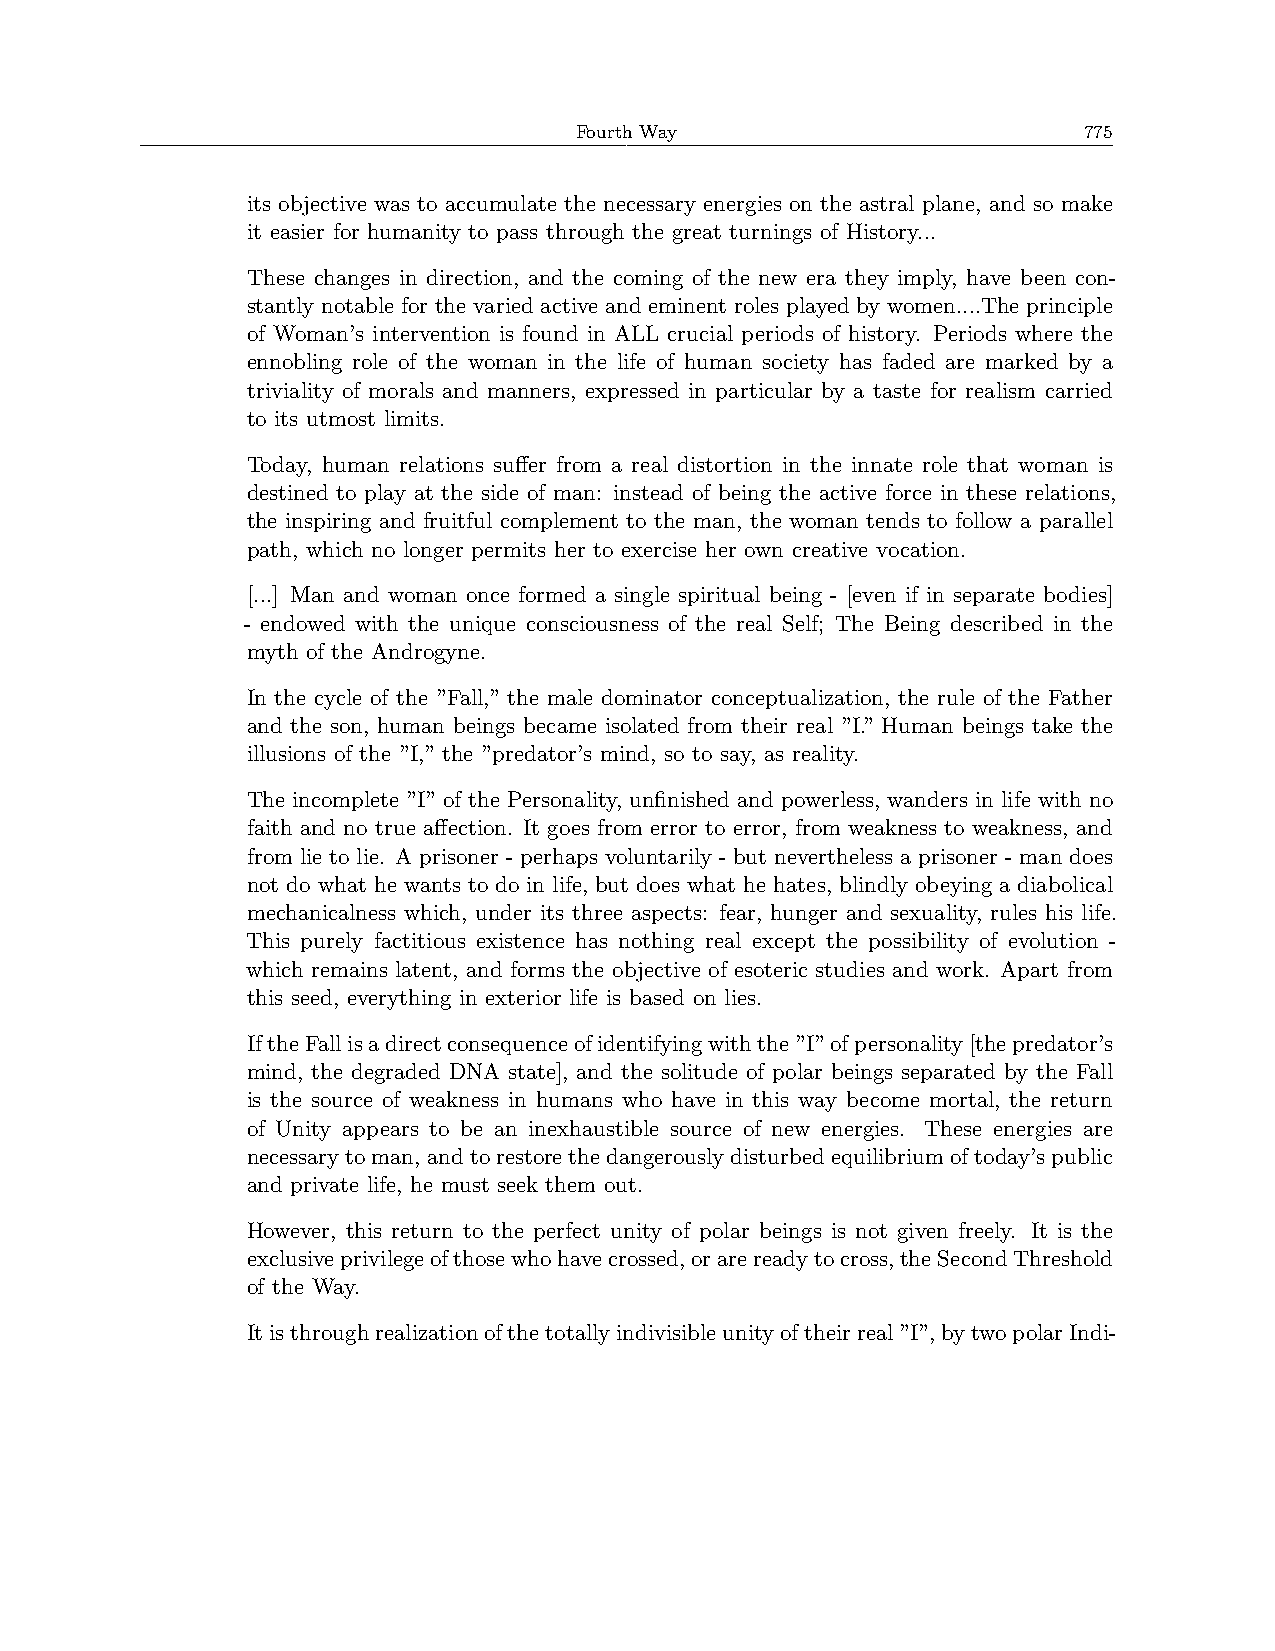
Fourth Way                        775
 its objective was to accumulate the necessary energies on the astral plane, and so make
 it easier for humanity to pass through the great turnings of History...
 These changes in direction, and the coming of the new era they imply, have been con-
 stantly notable for the varied active and eminent roles played by women....The principle
 of Woman’s intervention is found in ALL crucial periods of history. Periods where the
 ennobling role of the woman in the life of human society has faded are marked by a
 triviality of morals and manners, expressed in particular by a taste for realism carried
 to its utmost limits.
 Today, human relations suffer from a real distortion in the innate role that woman is
 destined to play at the side of man: instead of being the active force in these relations,
 the inspiring and fruitful complement to the man, the woman tends to follow a parallel
 path, which no longer permits her to exercise her own creative vocation.
 [...] Man and woman once formed a single spiritual being - [even if in separate bodies]
 - endowed with the unique consciousness of the real Self; The Being described in the
 myth of the Androgyne.
 In the cycle of the ”Fall,” the male dominator conceptualization, the rule of the Father
 and the son, human beings became isolated from their real ”I.” Human beings take the
 illusions of the ”I,” the ”predator’s mind, so to say, as reality.
 The incomplete ”I” of the Personality, unfinished and powerless, wanders in life with no
 faith and no true affection. It goes from error to error, from weakness to weakness, and
 from lie to lie. A prisoner - perhaps voluntarily - but nevertheless a prisoner - man does
 not do what he wants to do in life, but does what he hates, blindly obeying a diabolical
 mechanicalness which, under its three aspects: fear, hunger and sexuality, rules his life.
 This purely factitious existence has nothing real except the possibility of evolution -
 which remains latent, and forms the objective of esoteric studies and work. Apart from
 this seed, everything in exterior life is based on lies.
 IftheFallisadirectconsequenceofidentifyingwiththe”I”ofpersonality[thepredator’s
 mind, the degraded DNA state], and the solitude of polar beings separated by the Fall
 is the source of weakness in humans who have in this way become mortal, the return
 of Unity appears to be an inexhaustible source of new energies. These energies are
 necessarytoman, andtorestorethedangerouslydisturbedequilibriumoftoday’spublic
 and private life, he must seek them out.
 However, this return to the perfect unity of polar beings is not given freely. It is the
 exclusiveprivilegeofthosewhohavecrossed,orarereadytocross,theSecondThreshold
 of the Way.
 Itisthroughrealizationofthetotallyindivisibleunityoftheirreal”I”,bytwopolarIndi-